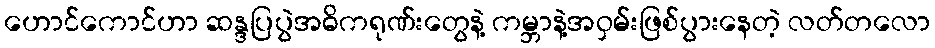
ဟောင်ကောင်ဟာ ဆန္ဒပြပွဲအဓိကရုဏ်းတွေနဲ့ ကမ္ဘာနဲ့အဝှမ်းဖြစ်ပွားနေတဲ့ လတ်တလော